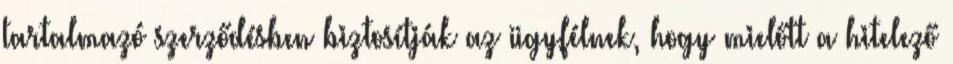
tartalmazó szerződésben biztosítják az ügyfélnek, hogy mielőtt a hitelező